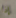
إذا